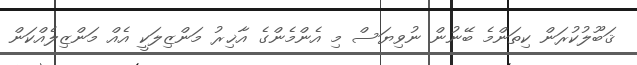
ޤަބޫލުކުރަން ކިތަންމެ ބޭނުން ނުވިޔަސް މި އެންމެންގެ އާޚިރު މަންޒިލަކީ އެއް މަންޒިލެއްކަން